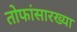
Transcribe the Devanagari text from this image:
तोफांसारख्या